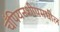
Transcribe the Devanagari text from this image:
चँपियनशीपमधील